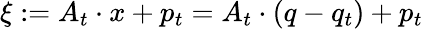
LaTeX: \xi:=A_{t}\cdot x+p_{t}=A_{t}\cdot(q-q_{t})+p_{t}